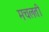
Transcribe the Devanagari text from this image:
मचलती